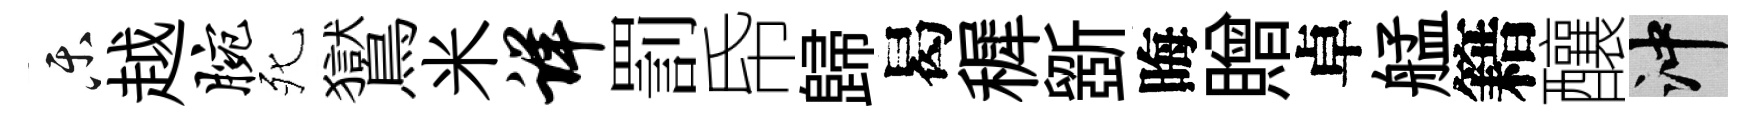
乐越腕死鸑米详罰帋歸曷穉斵晦贈卓艋籍釀冲